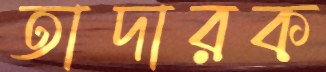
তাদারক